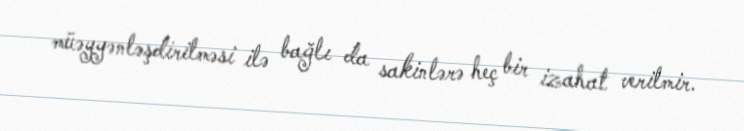
müəyyənləşdirilməsi ilə bağlı da sakinlərə heç bir izahat verilmir.